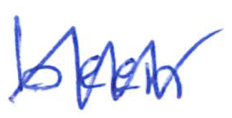
Text: been
Cross-out: mix
Writing tool: ballpoint